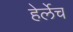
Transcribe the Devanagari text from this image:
हेर्लेच